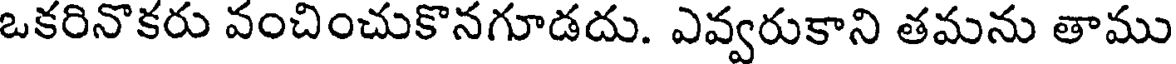
ఒకరినొకరు వంచించుకొనగూడదు. ఎవ్వరుకాని తమను తాము